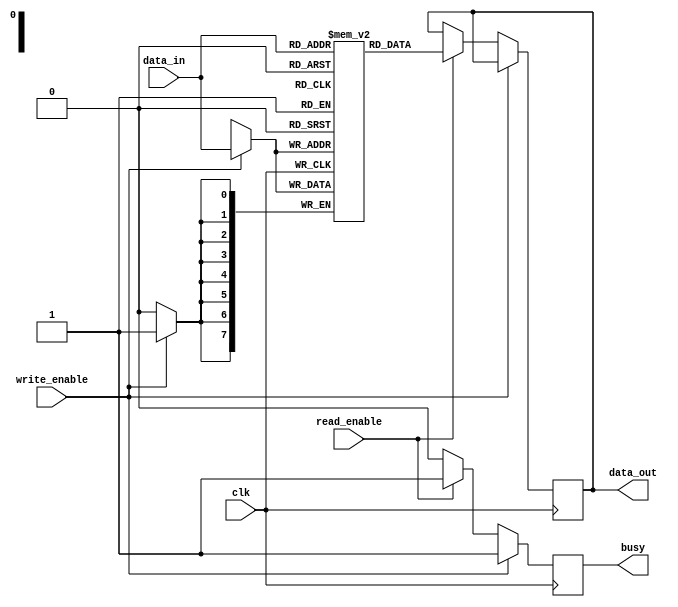
module memory_block (
    input wire clk,
    input wire read_enable,
    input wire write_enable,
    input wire [7:0] data_in,
    output reg [7:0] data_out,
    output reg busy
);
    reg [7:0] memory [0:255]; // 256 x 8-bit memory array

    always @(posedge clk) begin
        if (write_enable) begin
            memory[data_in[7:0]] <= data_in; // Write operation
            busy <= 1'b1;
        end else if (read_enable) begin
            data_out <= memory[data_in[7:0]]; // Read operation
            busy <= 1'b1;
        end else begin
            busy <= 1'b0; // Idle
        end
    end
endmodule